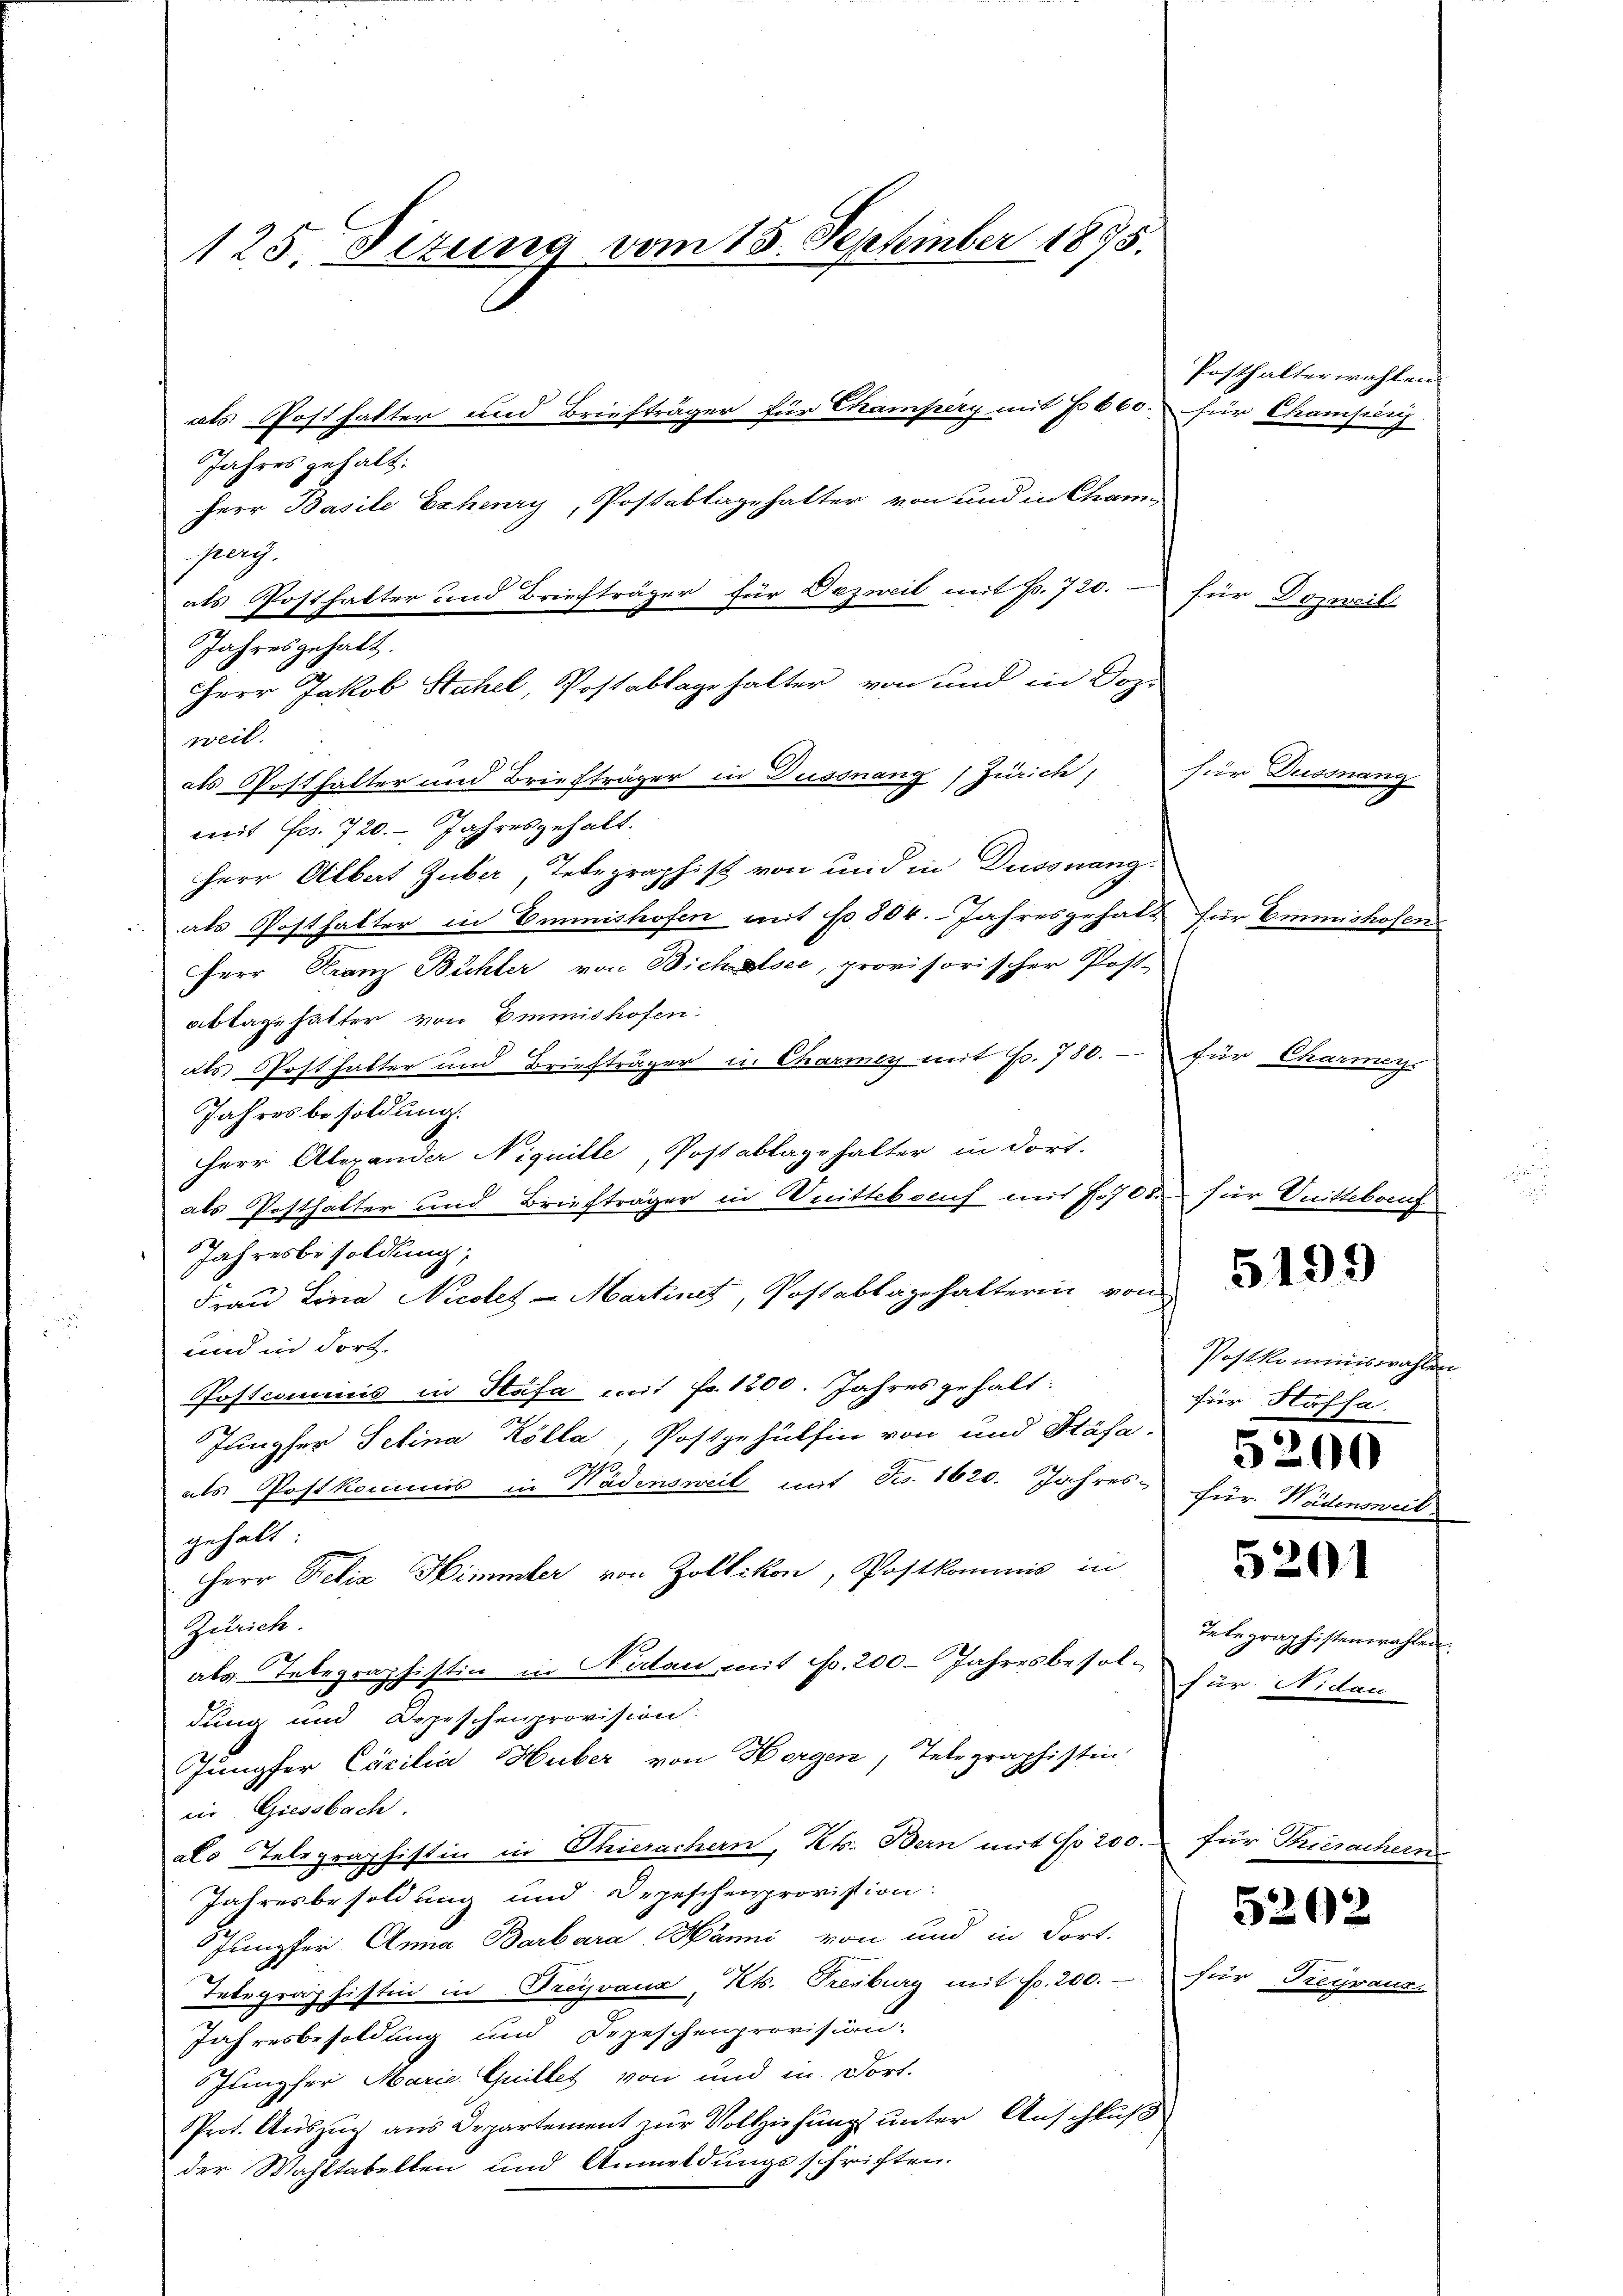
125. Sizung vom 15. September 1875.

Jahres gehalt:
Herr Basile Exhery, Postablage hatter von und in Cham
pery.
als Posthalter und Briechträger für Dezweit mit Fr. 720.
Jahresgehalt.
Herr Jakob Stahel, Postablagehalter von und in Doz.
weil.
als Posthalter und Briefträger in Dussnang (Zürich, für Dussn
mit Frs. 720. Jahresgehalt.
Herr Albert Guber, Telegraphist von und in Dussnang
als Posthalter in Emmnishofen mit No 804. Jahresgehalt für Emmishosen
Herr Franz Buchler von Bichlsee, provisorischer Post-
abtags hatter von Immishofen.
als Posthalter und Briefträger in Charmer mit Fr. 780. für Charmer.
Jahresbesoldung.
Herr Alexander Niquille, Postablagehalter in dort.
als Posthalter und Briefträger in Knittelauf mit 700 für Unittelauf
Jahresbesoldung;
Frau Lina Nicoles-Martinet, Postablagehalterin von
und in dort.
Postcommis in Stäfa mit Fr. 1200. Jahres gehalt:
Jungfer Selina Kölla, Postgehülfen von und Stäfa,
als Postkommis in Wädensweil mit Fr. 1620. Jahres für Niemant
gehalt
Herr Felix Himmler von Zollikon, Postkommnis in
Zürich.
als Telegraphistin in Niclan mit Fr. 200 Jahresbesold
dung und Depeschenprovision
Jungfer Cäcilia Huber von Horgen, Telegraphistin
ein Giessbach.
als Telegraphistin in Thierachern, Kts. Bern mit No 200. für Thiesacher.
Jahresbesoldung und Depeschenprovistion.
Jumpfer Anna Barbara Hänni von und in dort.
Telegraphistin in Preyrand, Kt. Treuburg mit fr. 200.
Jahresbesoldung und Depeschenprovision
Jungfer Marie. Guillet von und in Fort-
Prot. Auszug aus Departement zur Vollziehung unter Anschluß
der Wahltabellen und Anmeldungsschriften.

als Posthalter und Briefträger für Champery mit No 660. für Champens

Posthalterwahlen

für Dogweil

5199

Postkommiswahlen
für Hafsa
5201
delegraphistenwahlen.
für. Nidau

5200

5202

7